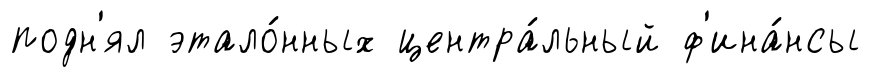
подн'ял этало́нных центра́льный ф'ина́нсы